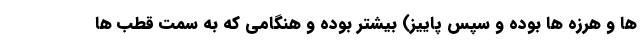
ها و هرزه ها بوده و سپس پاییز) بیشتر بوده و هنگامی که به سمت قطب ها